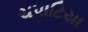
ચપાટિયા